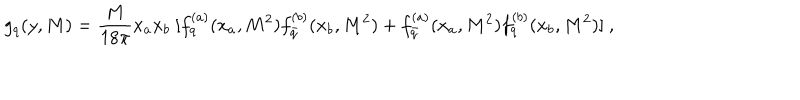
g _ { q } ( y , M ) = { \frac { M } { 1 8 \pi } } x _ { a } x _ { b } \ [ f _ { q } ^ { ( a ) } ( x _ { a } , M ^ { 2 } ) f _ { \bar { q } } ^ { ( b ) } ( x _ { b } , M ^ { 2 } ) + f _ { \bar { q } } ^ { ( a ) } ( x _ { a } , M ^ { 2 } ) f _ { q } ^ { ( b ) } ( x _ { b } , M ^ { 2 } ) ] \ ,